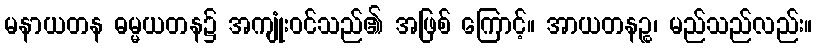
မနာယတန ဓမ္မယတန၌ အကျုံးဝင်သည်၏ အဖြစ် ကြောင့်။ အာယတနဉ္စ၊ မည်သည်လည်း။